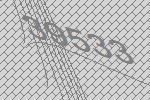
39533